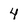
Character: 4